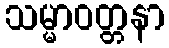
သမ္မာဝတ္တနာ